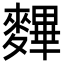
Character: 𪍪